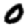
Digit: 0